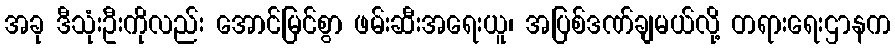
အခု ဒီသုံးဦးကိုလည်း အောင်မြင်စွာ ဖမ်းဆီးအရေးယူ၊ အပြစ်ဒဏ်ချမယ်လို့ တရားရေးဌာနက